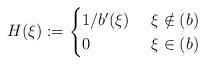
LaTeX: \begin{align*} H(\xi):=\begin{cases}1/b'(\xi)&\ \xi \notin (b)\\ 0 &\ \xi \in (b) \end{cases}\end{align*}